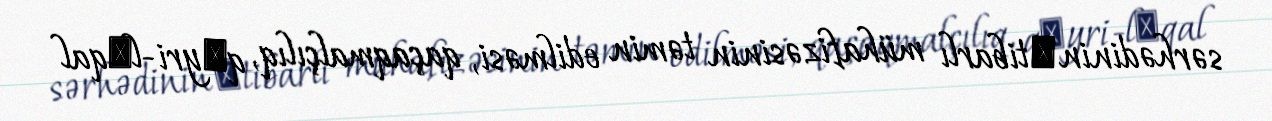
sərhədinin еtibarlı mühafizəsinin təmin edilməsi, qaçaqmalçılıq, qеyri-lеqal